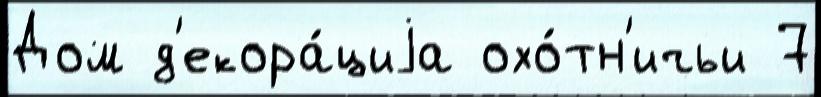
Дом д'екора́циjа охо́тн'ичьи 7